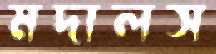
মদালস